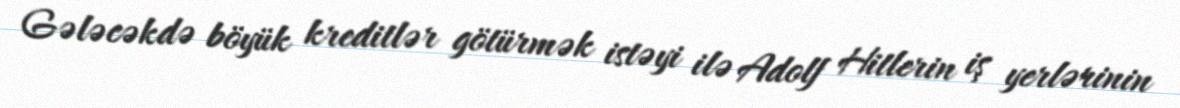
Gələcəkdə böyük kreditlər götürmək istəyi ilə Adolf Hitlerin iş yerlərinin